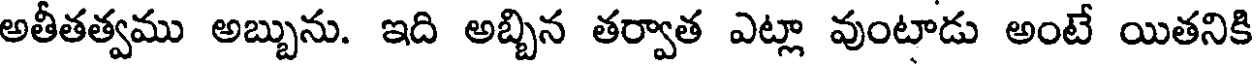
అతీతత్వము అబ్బును. ఇది అబ్బిన తర్వాత ఎట్లా వుంటాడు అంటే యితనికి